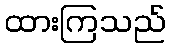
ထားကြသည်